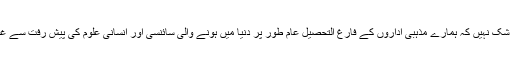
اس میں کوئی شک نہیں کہ ہمارے مذہبی اداروں کے فارغ التحصیل عام طور پر دنیا میں ہونے والی سائنسی اور انسانی علوم کی پیش رفت سے غافل ہوتے ہیں۔